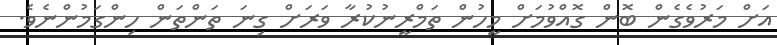
އަށް މަރުވެގެން ބޮން ގޮއްވުމަށް މީހުން ތަމްރީނުކުރާ ވަރަށް ގިނަ ތަންތަން ހިންގަމުންނެވެ.